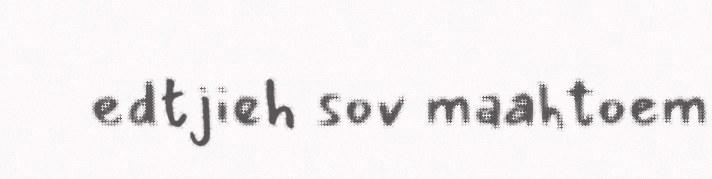
edtjieh sov maahtoem